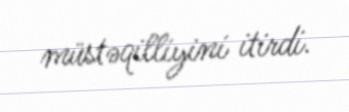
müstəqilliyini itirdi.